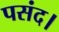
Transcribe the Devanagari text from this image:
पसंद।